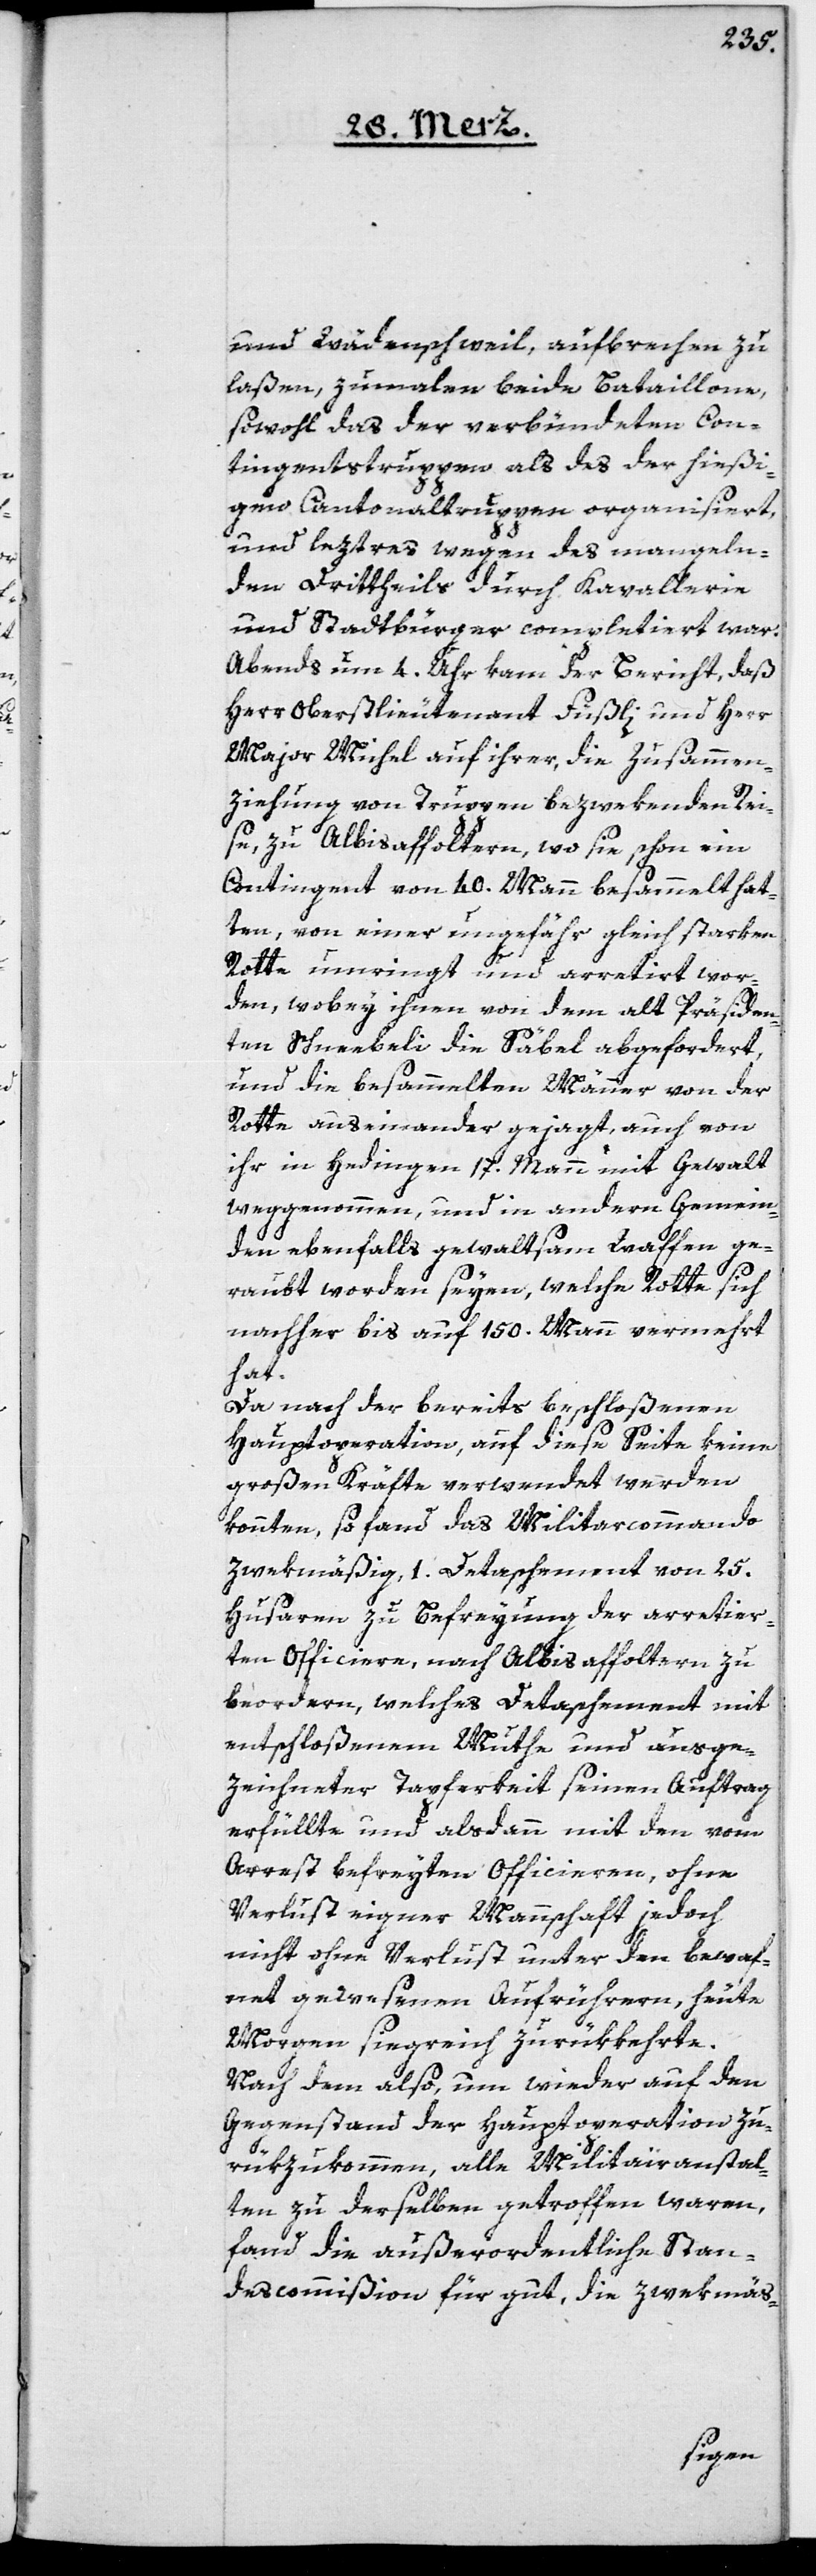
und Wädenschweil, aufbrechen zu
laßen, zumalen beide Bataillone,
sowohl das der verbündeten Con¬
tingentstruppen als das der hießi¬
gen Cantonaltruppen organisiert,
und leztres wegen des mangeln¬
den Drittheils durch Kavallerie
und Stadtbürger completiert war.
Abends um 4. Uhr kam der Bericht, daß
Herr Oberstlieutenant Füßli und Herr
Major Michel auf ihrer, die Zusammen¬
ziehung von Truppen bezwekenden Rei¬
se, zu Albisaffoltern, wo sie schon ein
Contingent von 40. Mann besammelt hat¬
ten, von einer ungefähr gleich starken
Rotte umringt und arretirt wor¬
den, wobey ihnen von dem alt Präsiden¬
ten Schneebeli die Säbel abgefordert,
und die besammelten Männer von der
Rotte auseinander gejagt, auch von
ihr in Hedingen 17. Mann mit Gewalt
weggenommen, und in andern Gemein¬
den ebenfalls gewaltsam Waffen ge¬
raubt worden seyen, welche Rotte sich
nachher bis auf 150. Mann vermehrt
hat.
Da nach der bereits beschloßenen
Hauptoperation, auf diese Seite keine
großen Kräfte verwendet werden
konnten, so fand das Militairkommando
zwekmäßig, 1. Detachement von 25.
Husaren zu Befreyung der arretier¬
ten Officiere, nach Albisaffoltern zu
beordern, welches Detachement mit
entschloßenem Muthe und ausge¬
zeichneter Tapferkeit seinen Auftrag
erfüllte und alsdann mit den vom
Arrest befreyten Officieren, ohne
Verlust eigner Mannschaft jedoch
nicht ohne Verlust unter den bewaf¬
fnet gewesenen Aufrührern, heute
Morgen siegreich zurückkehrte.
Nachdem also, um wieder auf den
Gegenstand der Hauptoperation zu¬
rükzukommen, alle Militairanstal¬
ten zu derselben getroffen waren,
fand die außerordentliche Stan¬
descommißion für gut, die zwekmäß-